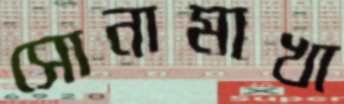
সোনামাখা